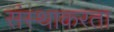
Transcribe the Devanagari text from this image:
संस्थाकरता